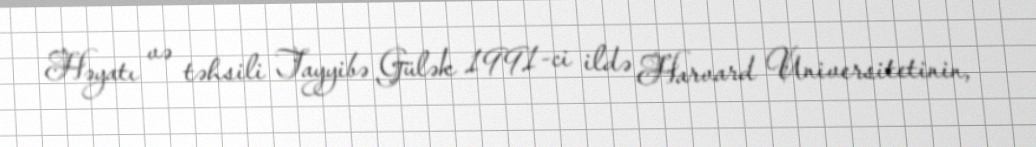
Həyatı və təhsili Tayyibə Gülək 1991-ci ildə Harvard Universitetinin,